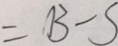
= B - S